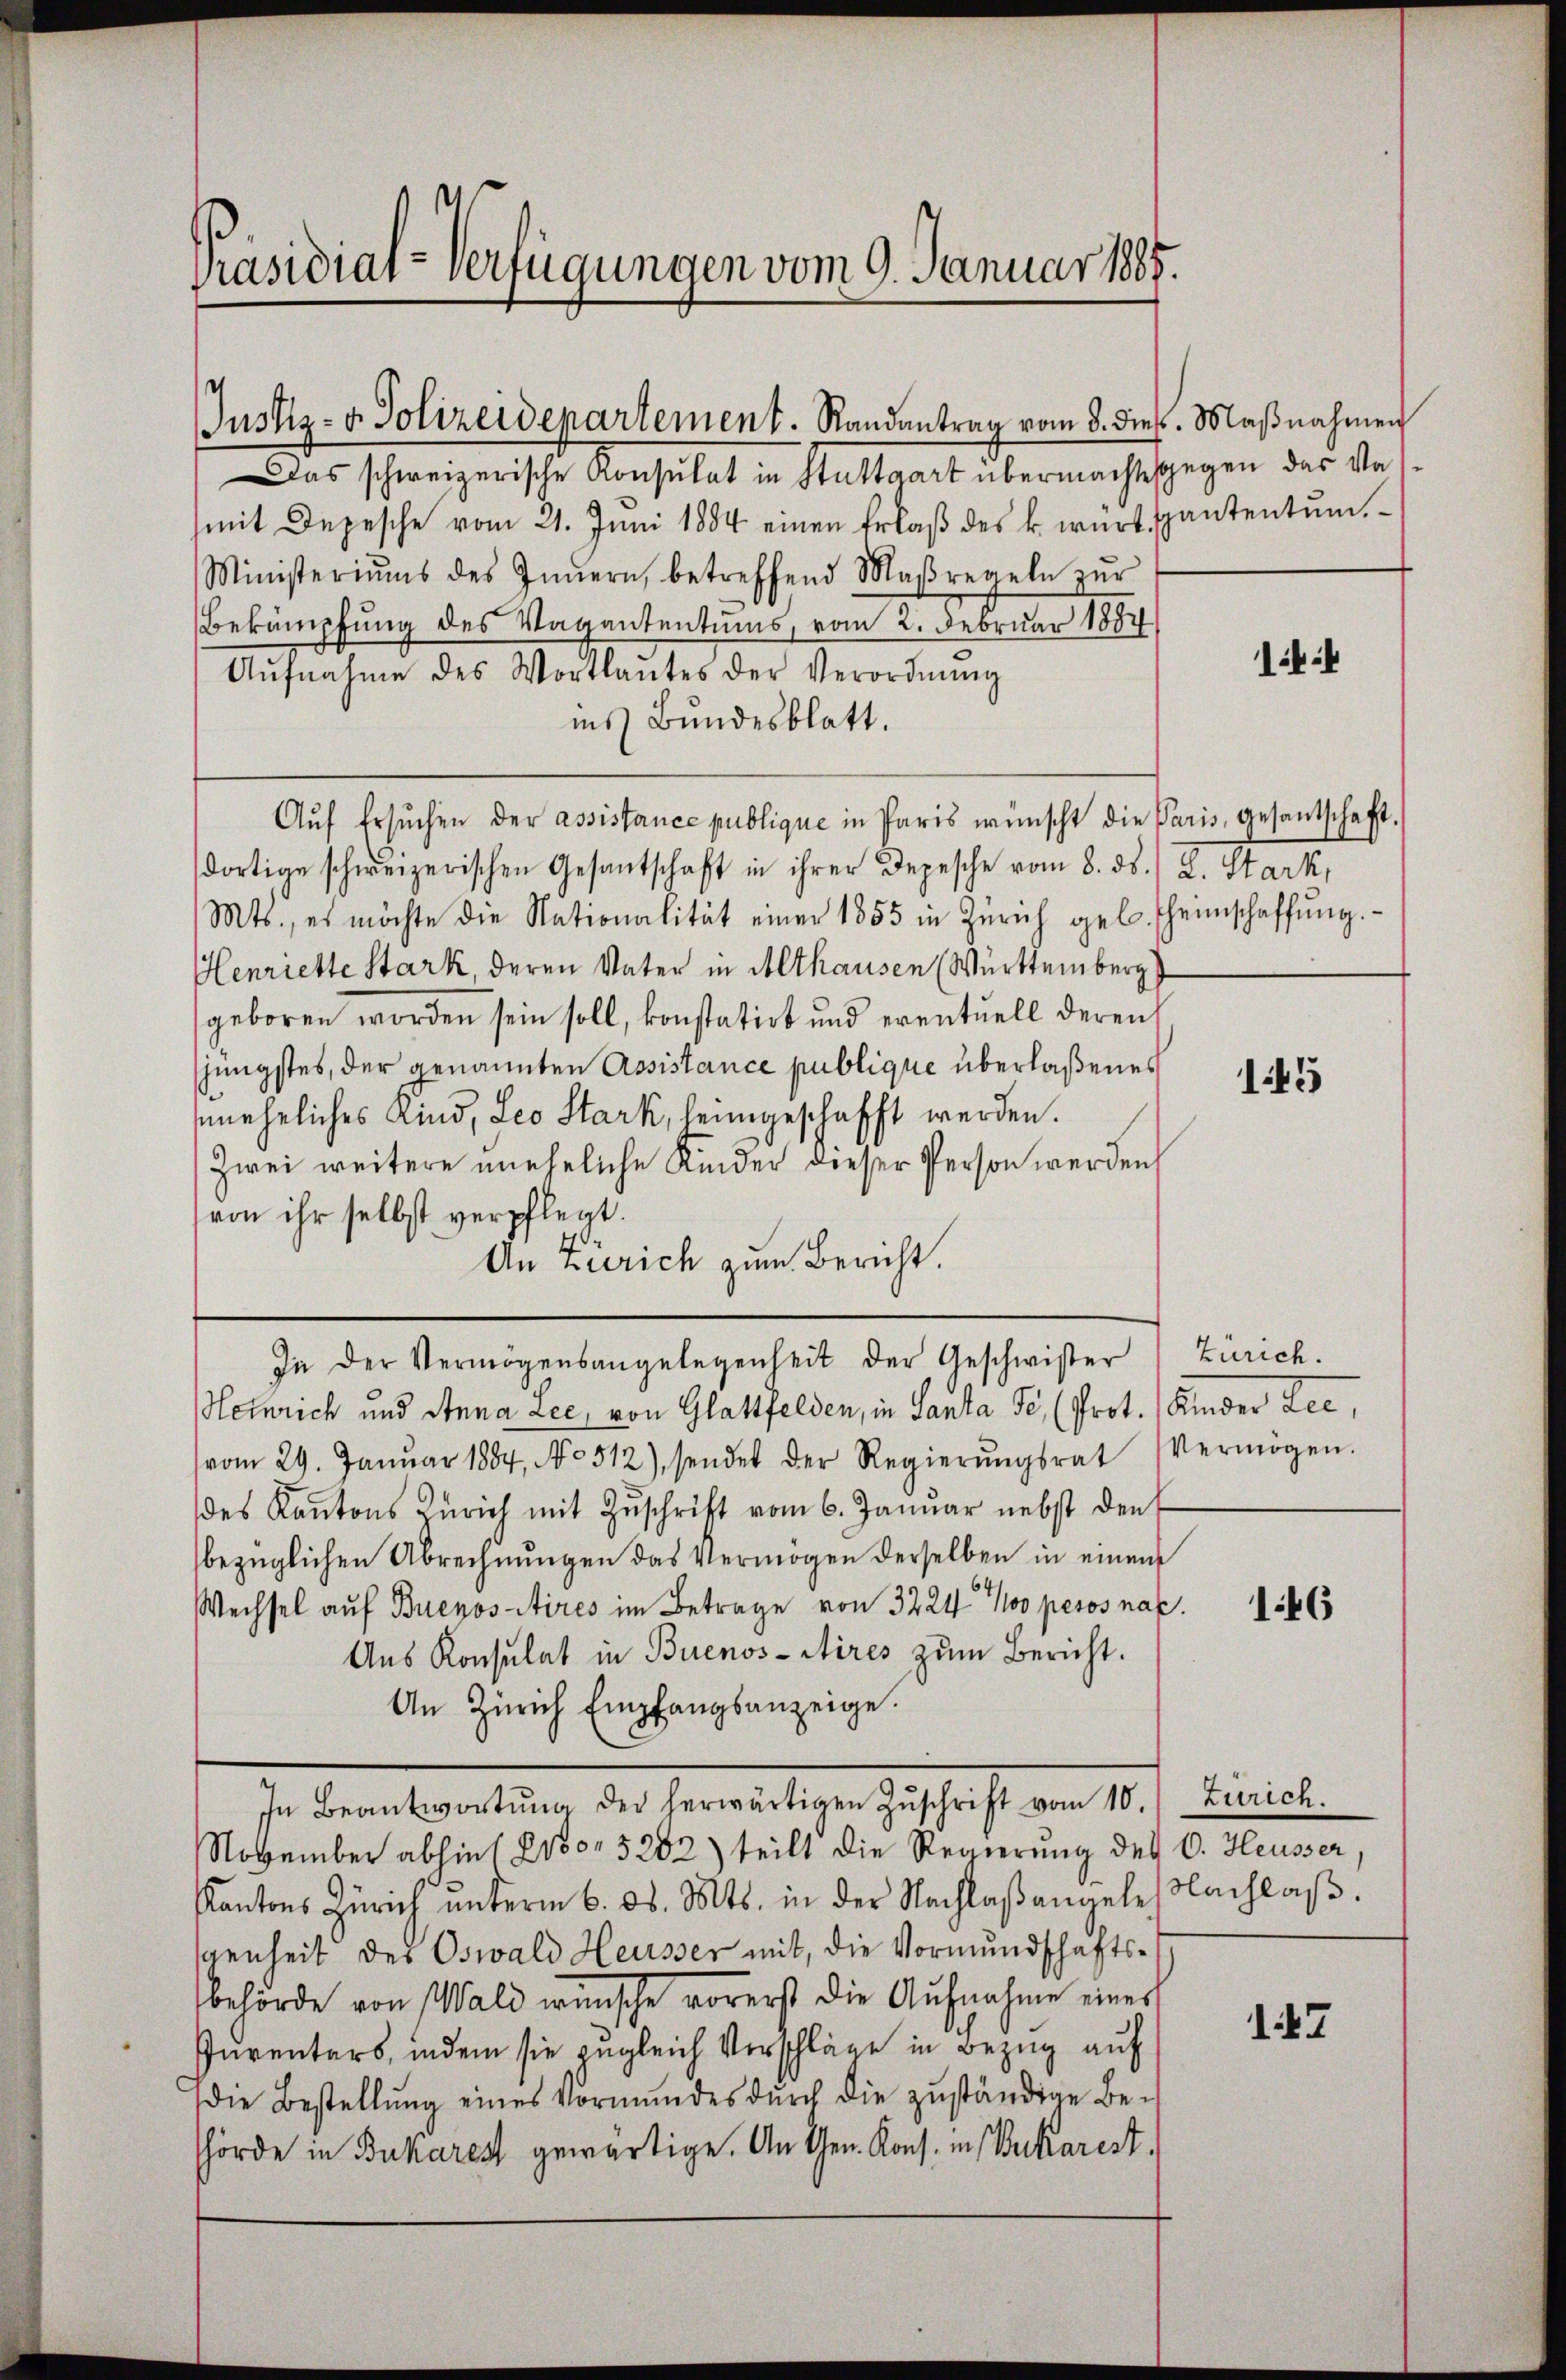
Präsidial-Verfügungen vom 9. Januar 1885.

Das schweizerische Konsulat in Stuttgart übermachtesgegen das Vamit Depesche vom 21. Juni 1884 einen Erlaβ des k. würt spantentum.
Ministeriums des Innern, betreffend Maßregeln zŭr
Bekämpfung des Vagantentums, vom 2. Februar 1887
Aŭfnahme des Wortlautes der Verordnŭng
ins Bundesblatt.
Auf Ersuchen der assistance publique in Paris wünscht die Paris, gesantschaft.
dortige schweizerischen Gesantschaft in ihrer Depesche vom 8. ds. / L. Stark,
Mts., es möchte die Nationalität einer 1855 in Zürich geb. Theimschaffŭng.
Henriette Stark, deren Vater in Althausen (Württemberg
geboren worden sein soll, konstatirt und eventuell deren
jüngstes, der genannten Assistance publique überlaßenes
uneheliches Kind, Leo Stark, heimgeschafft werden.
Zwei weitere uneheliche Kinder dieser Person werden
von ihr selbst verpflegt.
An Zürich zum Bericht.
In der Vermögensangelegenheit der Geschwister Zürich.
Heinrich und Anna Lee, von Glattfelden, in Santa Se. (Prot. Kinder Lee,
vom 29. Januar 1884, No 512), sendet der Regierŭngsrat (Vermögen.
des Kantons Zürich mit Zŭschrift vom 6. Januar nebst den
bezüglichen Abrechnungen das Vermögen derselben in einem
Wechsel auf Buenos Aires im Betrage von 3224. 100 pesos nac
Aus Konsulat in Buenos-Aires zum Bericht.
An Zürich Empfangsanzeige.
In Beantwortŭng der herwärtigen Zŭschrift vom 10. Zürich.
November abhin (210. 5202) teilt die Regierung des C. Heusser,
Kantons Zürich ŭnterm 6. d. Mts. in der Nachlaβangele Nachlaβ.
genheit des Oswald Heusser mit, die Vormundschafts-
behörde von Wald wünsche vorerst die Aufnahme einer
Purenters, indem sie zugleich Vorschläge in Bezug auf
Die Bestellŭng eines Vormŭndes dŭrch die zŭständige Be-
hörde in Bukarest gewärtige. An Gen. Kons. in Vikarest.

Justiz- & Polizeidepartement. Randantrag vom 8. dies. Maβnahmen

1:4

145

146

17